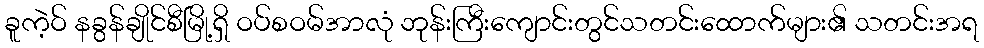
ခူကဲ့ဝ် နခွန်ချိုင်စီမြို့ရှိ ဝပ်စဝမ်အာလုံ ဘုန်းကြီးကျောင်းတွင်သတင်းထောက်များ၏ သတင်းအရ